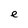
Character: e